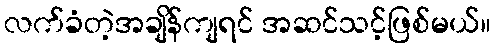
လက်ခံတဲ့အချိန်ကျရင် အဆင်သင့်ဖြစ်မယ်။